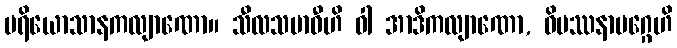
ပရိယောသာနကလျာဏော။ သီလသမာဓီဟိ ဝါ အာဒိကလျာဏော, ဝိပဿနာမဂ္ဂေဟိ